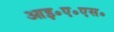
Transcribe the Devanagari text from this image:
आइ॰ए॰एस॰